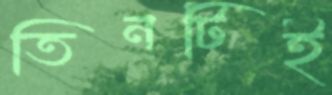
তিনটিই